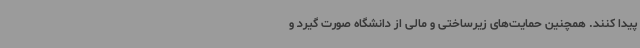
پیدا کنند. همچنین حمایت‌های زیرساختی و مالی از دانشگاه صورت گیرد و